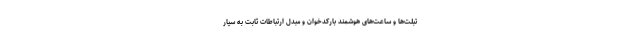
تبلت‌ها و ساعت‌های هوشمند بارکدخوان و مبدل ارتباطات ثابت به سیار